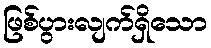
ဖြစ်ပွားလျက်ရှိသော